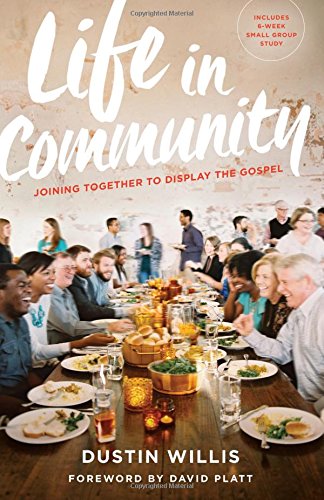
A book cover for Life in Community: Joining Together to Display the Gospel; Dustin Willis; Christian Books & Bibles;